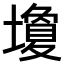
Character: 𪤩